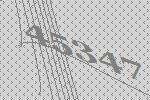
45347